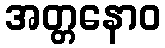
အတ္တနောဝ